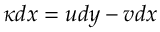
\kappa d x = u d y - v d x